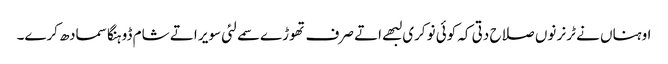
اوہناں نے ٹرنر نوں صلاح دتی کہ کوئی نوکری لبھے اتے صرف تھوڑے سمے لئی سویر اتے شام ڈوہنگا سمادھ کرے۔